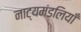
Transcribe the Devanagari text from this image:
नाट्यमंडलियाँ